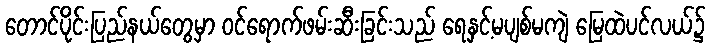
တောင်ပိုင်းပြည်နယ်တွေမှာ ဝင်ရောက်ဖမ်းဆီးခြင်းသည် ရေနှင့်မပျစ်မကျဲ မြေထဲပင်လယ်၌